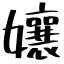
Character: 孃